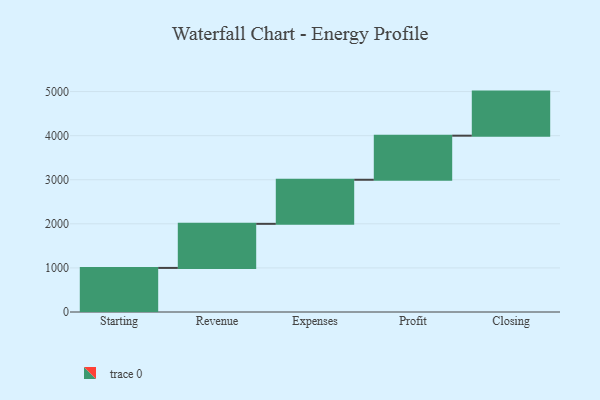
{"axis": {"x": "Step", "y": "Value"}, "legend": [""], "data": [{"x": "Starting", "y": 1000, "type": ""}, {"x": "Revenue", "y": 1000, "type": ""}, {"x": "Expenses", "y": 1000, "type": ""}, {"x": "Profit", "y": 1000, "type": ""}, {"x": "Closing", "y": 1000, "type": ""}]}